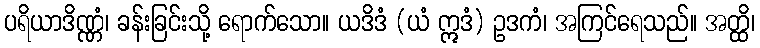
ပရိယာဒိဏ္ဏံ၊ ခန်းခြင်းသို့ ရောက်သော။ ယဒိဒံ (ယံ ဣဒံ) ဥဒကံ၊ အကြင်ရေသည်။ အတ္ထိ၊